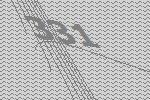
331